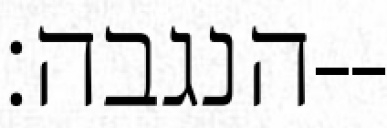
הנגבה׃--